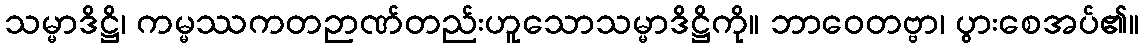
သမ္မာဒိဋ္ဌိ၊ ကမ္မဿကတဉာဏ်တည်းဟူသောသမ္မာဒိဋ္ဌိကို။ ဘာဝေတဗ္ဗာ၊ ပွားစေအပ်၏။